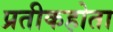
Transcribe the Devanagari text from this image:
प्रतीकहोता